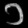
Digit: ၁